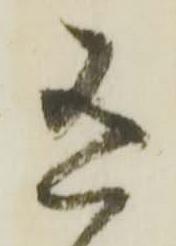
有